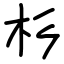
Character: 杉